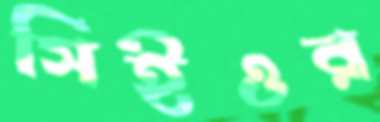
সিইওর